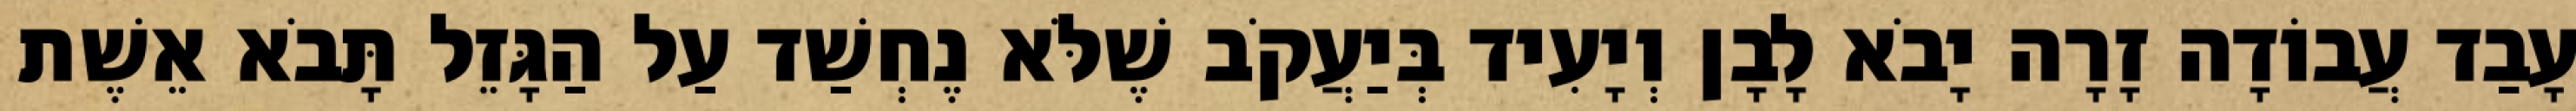
עָבַד עֲבוֹדָה זָרָה יָבֹא לָבָן וְיָעִיד בְּיַעֲקֹב שֶׁלֹּא נֶחְשַׁד עַל הַגָּזֵל תָּבֹא אֵשֶׁת